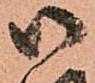
御